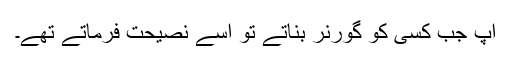
آپ جب کسی کو گورنر بناتے تو اسے نصیحت فرماتے تھے۔